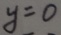
y = 0